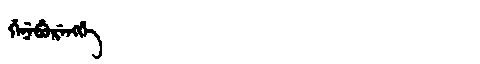
Manchu: ᡤᡝᠨᡝᠪᡠᡵᡝᠩᡤᡝ
Romanization: GENEBURENGGE